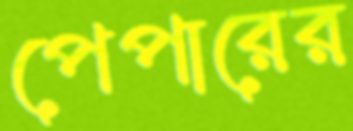
পেপারের